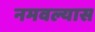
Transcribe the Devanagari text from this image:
नमवल्यास